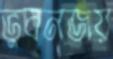
ভুবনজয়